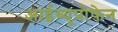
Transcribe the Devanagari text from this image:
आईब्यूप्रोफेन